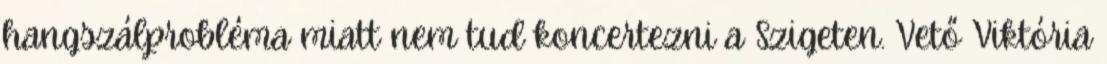
hangszálprobléma miatt nem tud koncertezni a Szigeten. Vető Viktória